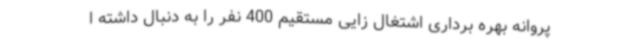
پروانه بهره برداری اشتغال زایی مستقیم 400 نفر را به دنبال داشته ا